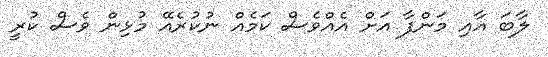
ލާބަ އާއި މަންފާ އަށް އެއްވެސް ކަމެއް ނުކުރެއޭ މުޅިން ވެސް ކުރީ